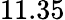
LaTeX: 11.35